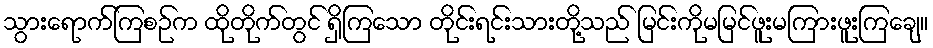
သွားရောက်ကြစဉ်က ထိုတိုက်တွင် ရှိကြသော တိုင်းရင်းသားတို့သည် မြင်းကိုမမြင်ဖူးမကြားဖူးကြချေ။